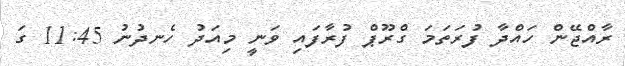
ރާއްޖޭން ހައްދާ ފުރަތަމަ ގްރޫޕް ފުރާފައި ވަނީ މިއަދު ހެނދުނު 11:45 ގަ